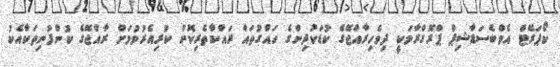
ކޯޕަރޭޓް އެމްބެސަޑާޝިޕް ޕްރޮގްރާމަކީ ދިވެހިރާއްޖޭގެ ކުޑަކުދިންގެ ހައްގުތައް ރައްކާތެރިކޮށް ކުރިއެރުވުމަށް ރާއްޖޭގެ ކުންފުނިތަކާއެކު